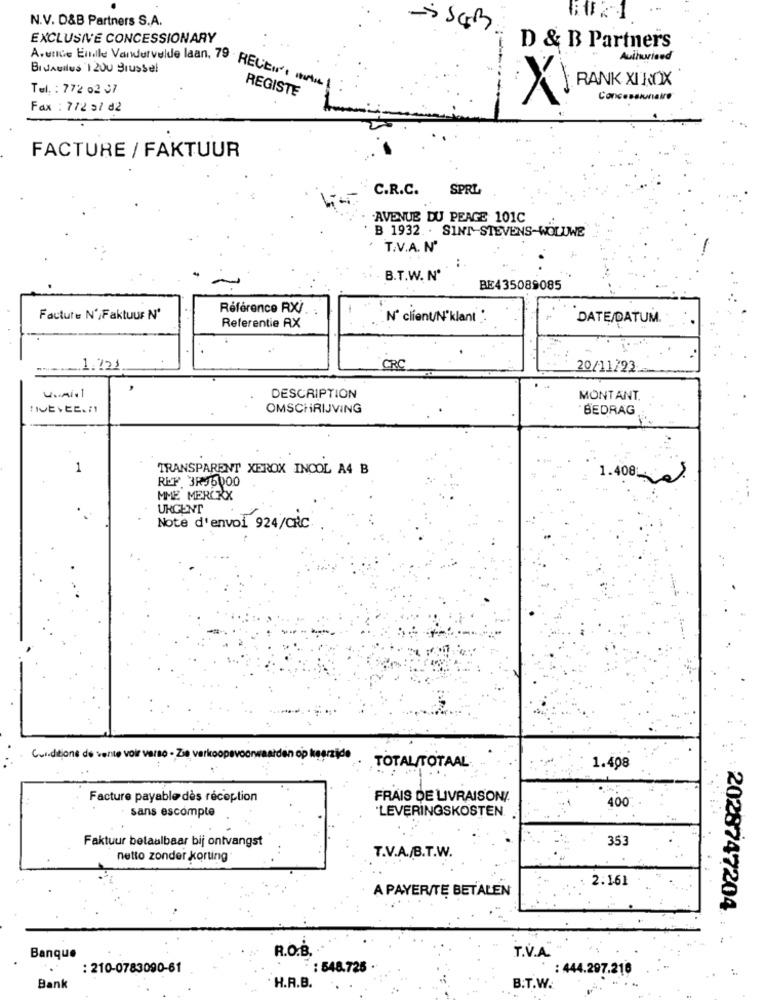
N.V. D&B Partners S.A.
EXCLUSIVE CONCESSIONARY
D & B Partners
Authorised
Bidaullus 1200 Brussel
Artnice Emile Vandervelde laan. 79 RECE .....
RANK XEROX
Tel. : 772 02 37
REGISTE
X
Con
Fax : 772 37 d2
FACTURE / FAKTUUR
C.R.C.
SPRL
AVENUE DU PEAGE 101C
B 1932. . SINT-STEVENS-WOLUWE
T.V.A. Nº
B.T.W. Nº
BE435089085
Référence RX/.
Facture N',Faktuur Nº
Nº client/N'klant :
DATE/DATUM.
Referentie RX
CRC
20/11/23
DESCRIPTION
MONTANT.
OMSCHRIJVING
BEDRAG
TRANSPARENT XEROX INCOL A4 B
REF 3R96000
1.408
MME MERCKX
URGENT
Note d'envoi 924/CRC
Cuiditions de vente voir varso - Zie verkoopsvoorwaarden op keerzijde
TOTAL/TOTAAL
1.408
Facture payable dès réception
FRAIS DE LIVRAISON/
400
sans escompte
`LEVERINGSKOSTEN
Faktuur betaalbaar bij ontvangst
353
netto zonder korting
T.V.A./B.T.W.
2.161
A PAYER/TE BETALEN
2028747204
R.O.B.
Banque
T.V.A.
: 210-0783090-61
: 548.726 .
: 444.297.216
..
Bank
H.R.B.
B.T.W.